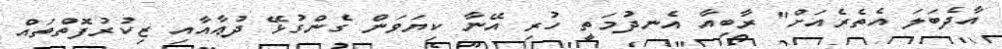
އާދެބަލަ އެތެރެއަށް" ރާބިއާ އެނދުމަތީ ހުރި އޭނާ ކިޔަވަން ގެންގުޅޭ ދުޢާއާއި ޒިކުރުފޮތްތައް